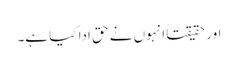
اور حقیقتاً انہوں نے حق ادا کیا ہے۔